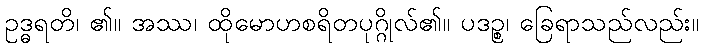
ဥဒ္ဓရတိ၊ ၏။ အဿ၊ ထိုမောဟစရိတပုဂ္ဂိုလ်၏။ ပဒဉ္စ၊ ခြေရာသည်လည်း။